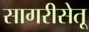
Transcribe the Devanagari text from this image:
सागरीसेतू